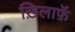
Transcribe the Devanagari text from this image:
ख़िलाफ़ॅ